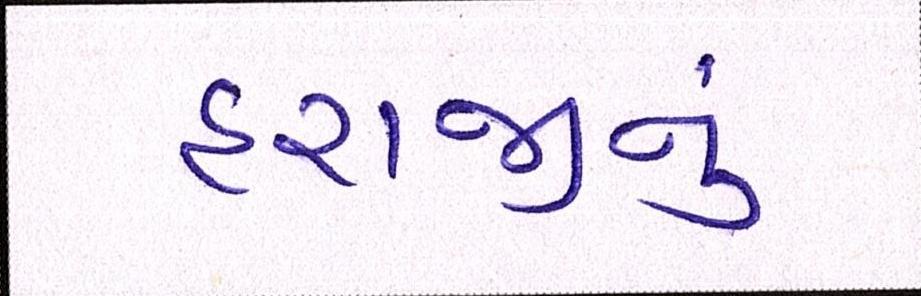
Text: હરાજીનું